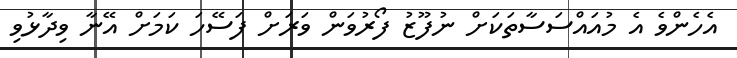
އެހެންވެ އެ މުއައްސަސާތަކަށް ނުފޫޒު ފޯރުވަން ވަރަށް ފަސޭހަ ކަމަށް އޭނާ ވިދާޅުވި